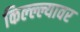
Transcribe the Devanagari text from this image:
किल्ल्ल्यावर